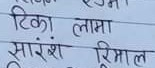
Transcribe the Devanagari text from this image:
टिका लामा
सारांश रिमाल